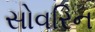
સોવરિન